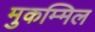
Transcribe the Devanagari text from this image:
मुकम्मिल